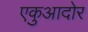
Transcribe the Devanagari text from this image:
एकुआदोर